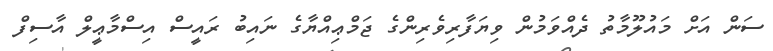
ސަން އަށް މައުލޫމާތު ދެއްވަމުން ވިޔަފާރިވެރިންގެ ޖަމްޢިއްޔާގެ ނައިބު ރައީސް އިސްމާޢީލް އާސިފް